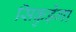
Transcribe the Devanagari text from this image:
सिकुड़ेगा